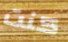
كنت